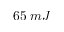
6 5 \; m J